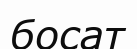
босат